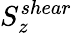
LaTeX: S_{z}^{shear}